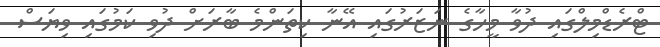
ޓްރެޑްމިލްގައި ދުވާ މީހާގެ ނަޒަރުގައި އޭނާ ކިތަންމެ ބާރަށް ދުވި ކަމުގައި ވިޔަސް